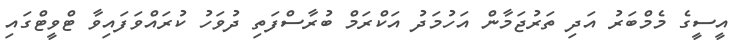
އީސީގެ މެމްބަރު އަދި ތަރުޖަމާން އަހުމަދު އަކްރަމް ބުރާސްފަތި ދުވަހު ކުރައްވަފައިވާ ޓްވީޓްގައި